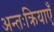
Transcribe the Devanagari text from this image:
अन्तःक्रियाएँ